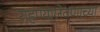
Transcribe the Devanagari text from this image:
राहण्याजेवणाच्या